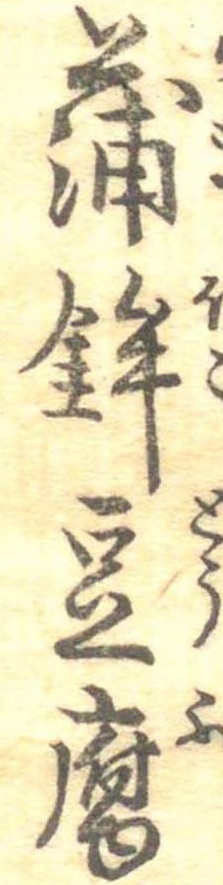
蒲鉾豆腐